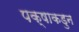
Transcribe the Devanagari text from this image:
पक्षाकडुन